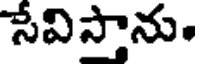
సేవిస్తాను.